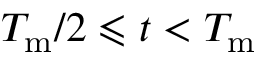
T _ { \mathrm { m } } / 2 \leqslant t < T _ { \mathrm { m } }